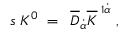
s \; K ^ { 0 } \; = \; \; \overline { { { D } } } _ { \dot { \alpha } } \overline { { { K } } } ^ { \; 1 \dot { \alpha } } \; , \;